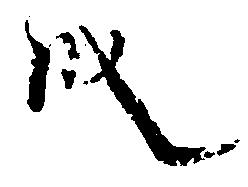
段